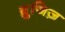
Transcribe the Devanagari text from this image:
ब्रुजिज़